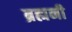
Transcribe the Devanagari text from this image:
ब्रह्मनी